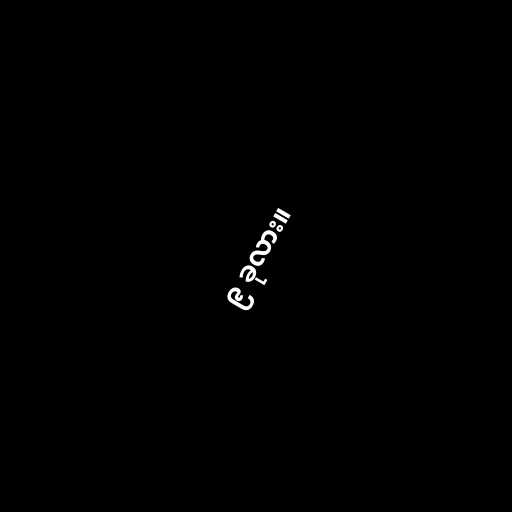
၉ ခုလား။